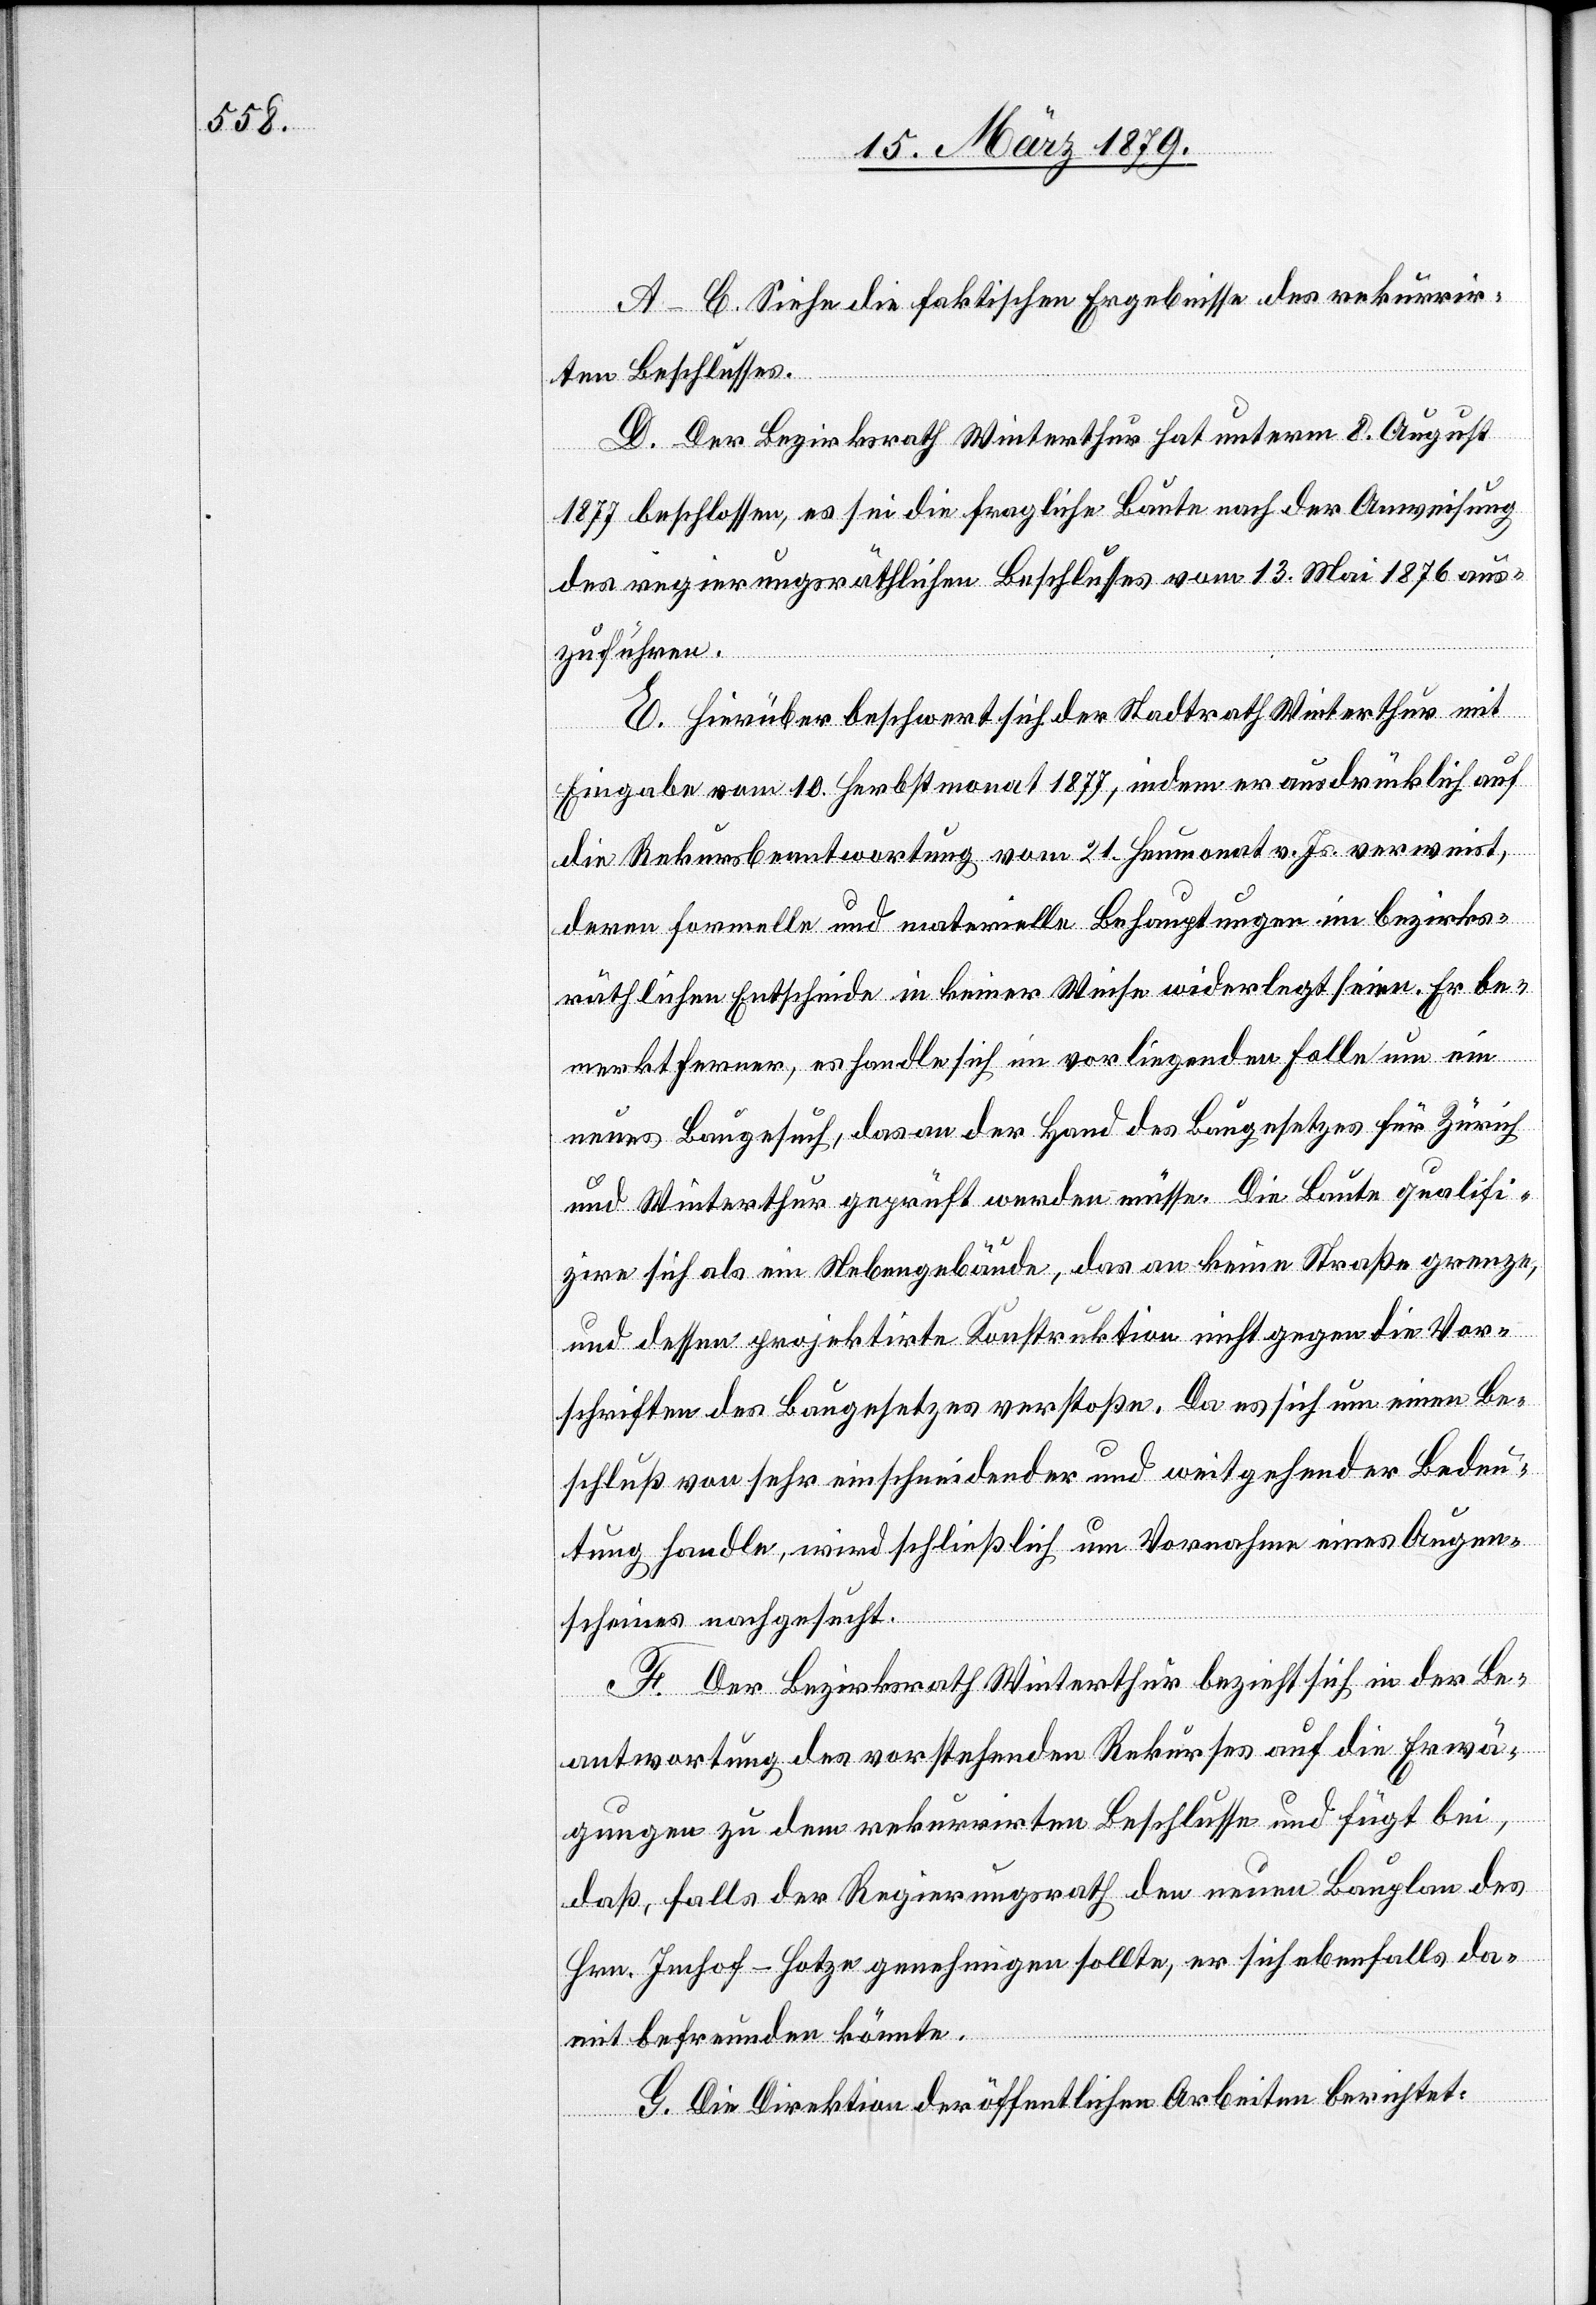
A–C. Siehe die faktischen Ergebnisse des rekurrir¬
ten Beschlusses.
D. Der Bezirksrath Winterthur hat unterm 8. August
1877 beschlossen, es sei die fragliche Baute nach der Anweisung
des regierungsräthlichen Beschlusses vom 13. Mai 1876 aus¬
zuführen.
E. Hierüber beschwert sich der Stadtrath Winterthur mit
Eingabe vom 10. Herbstmonat 1877, indem er ausdrücklich auf
die Rekursbeantwortung vom 21. Heumonat v. Js. verweist,
deren formelle und materielle Behauptungen im bezirks¬
räthlichen Entscheide in keiner Weise widerlegt seien. Er be¬
merkt ferner, es handle sich im vorliegenden Falle um ein
neues Baugesuch, das an Hand des Baugesetzes für Zürich
und Winterthur geprüft werden müsse. Die Baute qualifi¬
zire sich als ein Nebengebäude, das an keine Straße grenze,
und dessen projektirte Konstruktion nicht gegen die Vor¬
schriften des Baugesetzes verstoße. Da es sich um einen Be¬
schluß von sehr entscheidender und weitgehender Bedeu¬
tung handle, wird schließlich um Vornahme eines Augen¬
scheines nachgesucht.
F. Der Bezirksrath Winterthur bezieht sich in der Be¬
antwortung des vorstehenden Rekurses auf die Erwä¬
gungen zu dem rekurrirten Beschlusse und fügt bei,
daß, falls der Regierungsrath den neuen Bauplan des
Hrn. Imhof-Hotze genehmigen sollte, er sich ebenfalls da¬
mit befreunden könnte.
G. Die Direktion der öffentlichen Arbeiten berichtet: